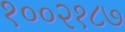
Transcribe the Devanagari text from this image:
१००२१८७